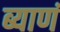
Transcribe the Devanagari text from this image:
ब्याणं